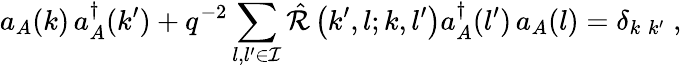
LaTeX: a_{A}(k)\, a_{A}^{\dagger}(k^{\prime})+q^{-2}\sum_{l,l^{\prime}\in{\cal I}}{\hat{\cal R}}\left(k^{\prime},l;k,l^{\prime}\right)a_{A}^{\dagger}(l^{\prime})\, a_{A}(l)=\delta_{k\; k^{\prime}}\; ,